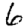
Digit: 6